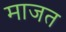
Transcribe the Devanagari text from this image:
माजत